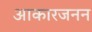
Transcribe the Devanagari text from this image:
आकारजनन